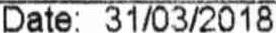
DATE: 31/03/2018